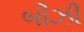
બીઝી